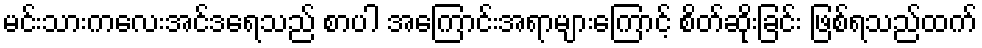
မင်းသားကလေးအင်ဒရေသည် စာပါ အကြောင်းအရာများကြောင့် စိတ်ဆိုးခြင်း ဖြစ်ရသည်ထက်